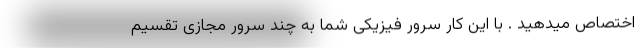
اختصاص میدهید . با این کار سرور فیزیکی شما به چند سرور مجازی تقسیم